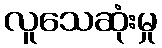
လူသေဆုံးမှု